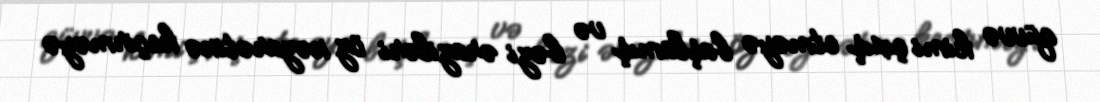
qüvvə kimi çıxış etməyə başlamış və bəzi əraziləri öz nəzarətinə keçirməyə